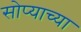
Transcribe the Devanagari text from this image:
सोप्याच्या